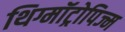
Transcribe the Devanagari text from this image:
थिग्मॉट्रोपिज्म